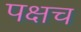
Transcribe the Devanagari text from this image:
पक्षच